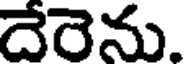
దేరెను.